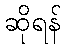
ဆိုရန်